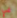
في